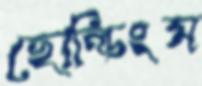
হোল্ডিংস